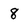
Character: 8